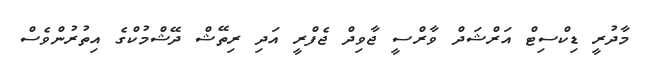
މާދުރީ ޑިކްސިޓް އަރްޝަދް ވާރްސީ ޖާވިދް ޖެފްރީ އަދި ރިތޭޝް ދޭޝްމުކްގެ އިތުރުންވެސް